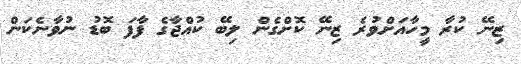
ޒިނޭ ކުރާ މީހާއަށްވުރެ ޒިނޭ ކޮށްގެން ލިބޭ ކުއްޖާގެ ފާފަ ބޮޑު ނުވާނެކަން